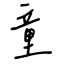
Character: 童